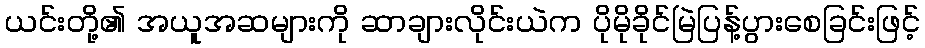
ယင်းတို့၏ အယူအဆများကို ဆာချားလိုင်းယဲက ပိုမိုခိုင်မြဲပြန့်ပွားစေခြင်းဖြင့်